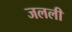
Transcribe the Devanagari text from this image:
जलली